Report on vaccination in the Province of Bengal - 1874-1889
Year: 1874
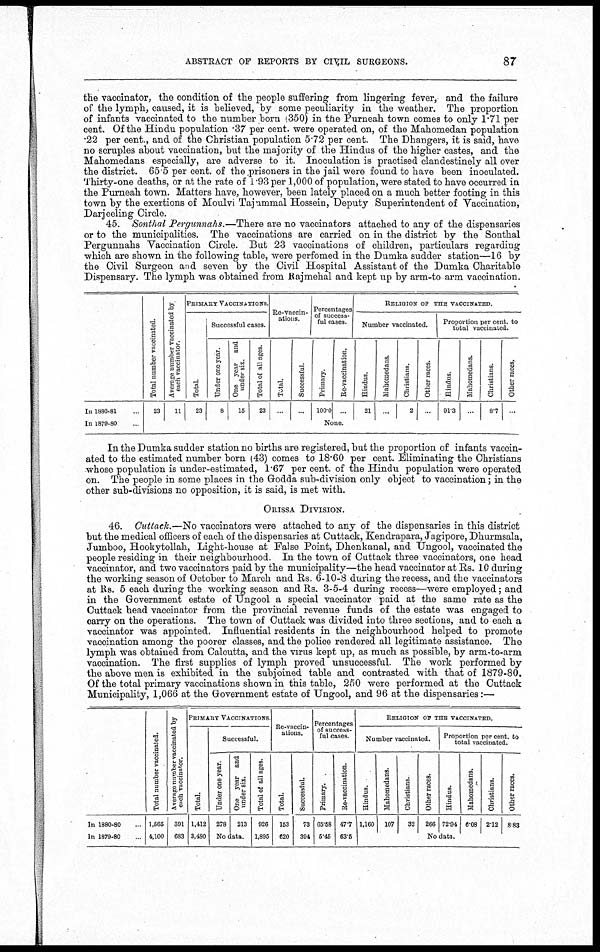
ABSTRACT OF REPORTS BY CIVIL
SURGEONS.
87
the vaccinator, the condition of the people suffering from lingering fever, and the failure
of the lymph, caused, it is believed, by some peculiarity in the weather. The proportion
of infants vaccinated to the number born (350) in the Purneah town comes to only 1.71 per
cent. Of the Hindu population .37 per cent. were operated on, of the Mahomedan population
.22 per cent., and of the Christian population 5.72 per cent. The Dhangers, it is said, have
no scruples about vaccination, but the majority of the Hindus of the higher castes, and the
Mahomedans especially, are adverse to it. Inoculation is practised clandestinely all over
the district. 65.5 per cent. of the prisoners in the jail were found to have been inoculated.
Thirty-one deaths, or at the rate of 1.93 per 1,000 of population, were stated to have occurred in
the Purneah town. Matters have, however, been lately placed on a much better footing in this
town by the exertions of Moulvi Tajummal Hossein, Deputy Superintendent of Vaccination,
Darjeeling Circle.
45. Sonthal Pergunnahs.—There are no vaccinators attached to any of the dispensaries
or to the municipalities. The vaccinations are carried on in the district by the Sonthal
Pergunnahs Vaccination Circle. But 23 vaccinations of children, particulars regarding
which are shown in the following table, were perfomed in the Dumka sudder station—16 by
the Civil Surgeon and seven by the Civil Hospital Assistant of the Dumka Charitable
Dispensary. The lymph was obtained from Rajmehal and kept up by arm-to arm vaccination.
In 1880-81...
In 1879-80...
Total number vaccinated.
23
Average number vaccinated by
each vaccinator.
11
PRIMARY VACCINATIONS.
Total.
23
Successful cases.
Under one year.
8
One year
and
under six.
15
Total of all ages.
23
Re-vaccin-
ations.
Total.
...
Successful.
...
Percentages
of success-
ful cases.
Primary.
100.0
Re-vaccination.
...
RELIGION OF THE VACCINATED.
Number vaccinated.
Hindus.
21
Mahomedans.
...
Christians.
2
Other races.
...
Proportion per cent. to
total vaccinated.
Hindus.
91.3
Mahomedans.
...
Christians.
8.7
Other races..
...
None.
In the Dumka sudder station no births are registered, but the proportion of infants vaccin-
ated to the estimated number born (43) comes to 18.60 per cent. Eliminating the Christians
whose population is under-estimated, 1.67 per cent. of the Hindu population were operated
on. The people in some places in the Godda sub-division only object to vaccination; in the
other sub-divisions no opposition, it is said, is met with.
ORISSA DIVISION.
46. Cuttack.—No vaccinators were attached to any of the dispensaries in this district
but the medical officers of each of the dispensaries at Cuttack, Kendrapara, Jagipore, Dhurmsala,
Jumboo, Hookytollah, Light-house at False Point, Dhenkanal, and Ungool, vaccinated the
people residing in their neighbourhood. In the town of Cuttack three vaccinators, one head
vaccinator, and two vaccinators paid by the municipality—the head vaccinator at Rs. 10 during
the working season of October to March and Rs. 6-10-8 during the recess, and the vaccinators
at Rs. 5 each during the working season and Rs. 3-5-4 during recess—were employed; and
in the Government estate of Ungool a special vaccinator paid at the same rate as the
Cuttack head vaccinator from the provincial revenue funds of the estate was engaged to
carry on the operations. The town of Cuttack was divided into three sections, and to each a
vaccinator was appointed. Influential residents in the neighbourhood helped to promote
vaccination among the poorer classes, and the police rendered all legitimate assistance. The
lymph was obtained from Calcutta, and the virus kept up, as much as possible, by arm-to-arm
vaccination. The first supplies of lymph proved unsuccessful. The work performed by
the above men is exhibited in the subjoined table and contrasted with that of 1879-80.
Of the total primary vaccinations shown in this table, 250 were performed at the Cuttack
Municipality, 1,066 at the Government estate of Ungool, and 96 at the dispensaries:—
In 1880-80...
In 1879-80...
Total number vaccinated.
1,565
4,100
Average number vaccinated by
each vaccinator.
391
683
PRIMARY VACCINATIONS.
Total.
1,412
3,480
Successful.
Under one year.
278
One year and
under six.
213
No data.
Total of all ages.
926
1,895
Re-vaccin-
ations.
Total.
153
620
Successful.
73
394
Percentages
of success-
ful cases.
Primary.
65.58
5.46
Re-vaccination.
47.7
63.5
RELIGION OF THE VACCINATED.
Number vaccinated.
Hindus.
1,160
Mahomedans.
107
Christians.
32
Other races.
266
Proportion percent. to
total vaccinated.
Hindus.
72.94
Mahomedans.
6.08
Christians.
2.12
Other races.
8.83
No data.